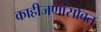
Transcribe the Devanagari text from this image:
काहीजणांसोबत